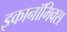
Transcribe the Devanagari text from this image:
इकानॉमिक्स